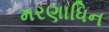
મરણાધિન